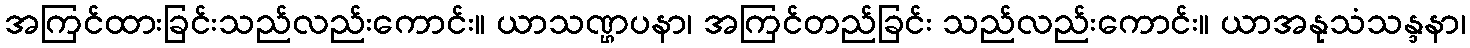
အကြင်ထားခြင်းသည်လည်းကောင်း။ ယာသဏ္ဌပနာ၊ အကြင်တည်ခြင်း သည်လည်းကောင်း။ ယာအနုသံသန္ဒနာ၊